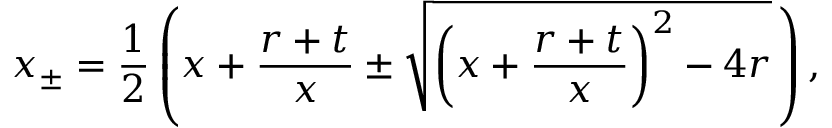
x _ { \pm } = \frac { 1 } { 2 } \left( x + \frac { r + t } { x } \pm \sqrt { \left( x + \frac { r + t } { x } \right) ^ { 2 } - 4 r } \, \right) ,